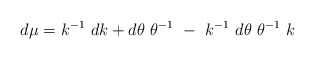
\begin{align*}d \mu = k^{-1} ~dk + d \theta ~\theta ^{-1} ~- ~k^{-1} ~d \theta ~\theta ^{-1} ~k\end{align*}